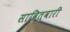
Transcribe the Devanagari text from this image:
सावितुवारी